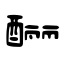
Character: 酾